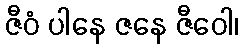
ဇီဝံ ပါနေ ဇနေ ဇီဝေါ၊